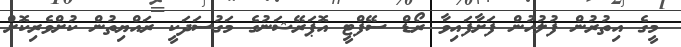
މީގެ އިތުރުން ފުލުހުން ފަށާފައިވާ ރޯޑް ސޭފްޓީ އޮޕަރޭޝަނުގެ މަގުސަދަކީ ރައްޔިތުން ކުށްވެރިކޮށް